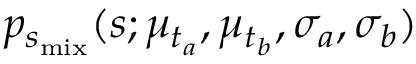
p _ { s _ { \mathrm { m i x } } } ( s ; \mu _ { t _ { a } } , \mu _ { t _ { b } } , \sigma _ { a } , \sigma _ { b } )